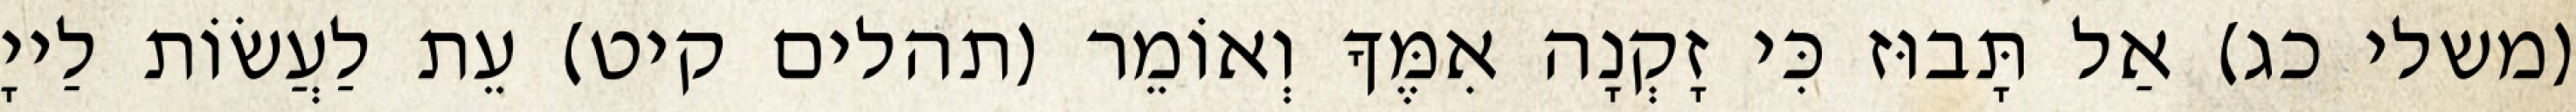
(משלי כג) אַל תָּבוּז כִּי זָקְנָה אִמֶּךָ וְאוֹמֵר (תהלים קיט) עֵת לַעֲשׂוֹת לַייָ